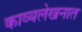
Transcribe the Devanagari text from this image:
काव्यलेखनात